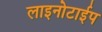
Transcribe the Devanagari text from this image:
लाइनोटाईप